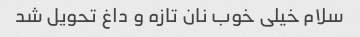
سلام خیلی خوب نان تازه و داغ تحویل شد